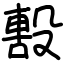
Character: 毄